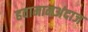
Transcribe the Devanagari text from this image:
हवामानअंदाज